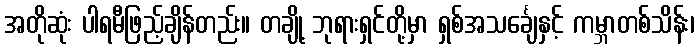
အတိုဆုံး ပါရမီဖြည့်ချိန်တည်း။ တချို့ ဘုရားရှင်တို့မှာ ရှစ်အသင်္ချေနှင့် ကမ္ဘာတစ်သိန်း၊